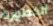
الخطورة